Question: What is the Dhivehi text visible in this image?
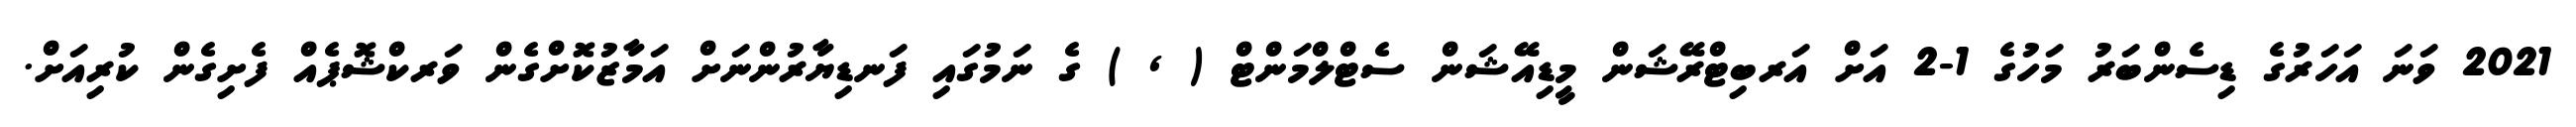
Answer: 2021 ވަނަ އަހަރުގެ ޑިސެންބަރު މަހުގެ 1-2 އަށް އަރބިޓްރޭޝަން މީޑިއޭޝަން ސެޓްލްމަންޓް ( , ) ގެ ނަމުގައި ފަނޑިޔާރުންނަށް އަމާޒުކޮށްގެން ވަރކްޝޮޕެއް ފެށިގެން ކުރިއަށް.